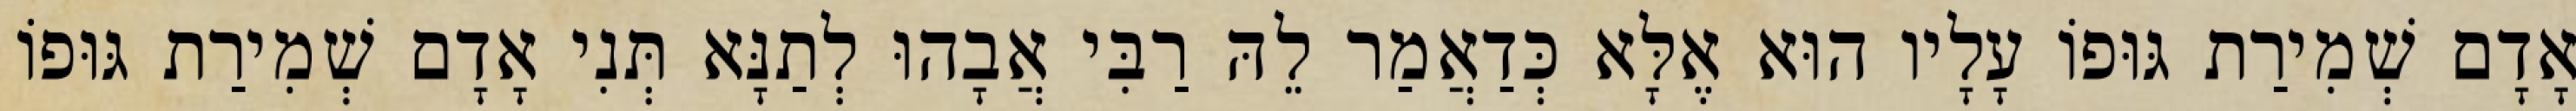
אָדָם שְׁמִירַת גּוּפוֹ עָלָיו הוּא אֶלָּא כְּדַאֲמַר לֵהּ רַבִּי אֲבָהוּ לְתַנָּא תְּנִי אָדָם שְׁמִירַת גּוּפוֹ